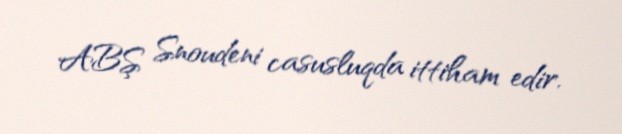
ABŞ Snoudeni casusluqda ittiham edir.